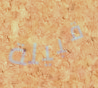
قبيلة